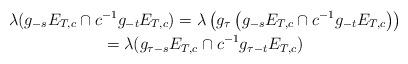
LaTeX: \begin{gather*}\lambda(g_{-s}E_{T,c}\cap c^{-1}g_{-t}E_{T,c}) = \lambda\left(g_{\tau}\left(g_{-s}E_{T,c}\cap c^{-1}g_{-t}E_{T,c}\right)\right)\\=\lambda(g_{\tau-s}E_{T,c}\cap c^{-1}g_{\tau-t}E_{T,c})\end{gather*}